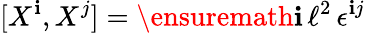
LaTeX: [X^{\mathbf{i}},X^{j}]=\ensuremath{{\mathrm{{\mathbf{i}}}}}\, \ell^{2}\, \epsilon^{\mathbf{i}j}